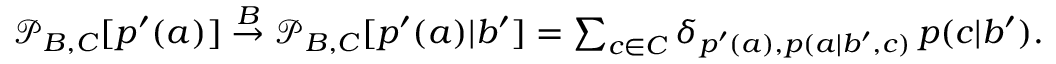
\begin{array} { r } { \mathcal { P } _ { B , C } [ p ^ { \prime } ( a ) ] \stackrel { B } { \rightarrow } \mathcal { P } _ { B , C } [ p ^ { \prime } ( a ) | b ^ { \prime } ] = \sum _ { c \in C } \delta _ { p ^ { \prime } ( a ) , p ( a | b ^ { \prime } , c ) } \, p ( c | b ^ { \prime } ) . } \end{array}